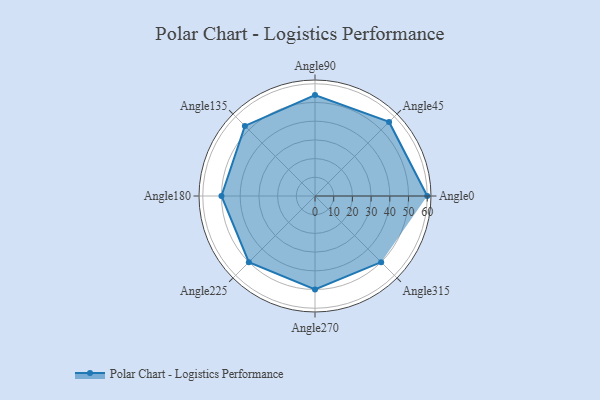
{"axis": {"x": "Angle", "y": "Radius"}, "legend": [""], "data": [{"x": "Angle0", "y": 60.0, "type": ""}, {"x": "Angle45", "y": 56.0, "type": ""}, {"x": "Angle90", "y": 54.0, "type": ""}, {"x": "Angle135", "y": 53.0, "type": ""}, {"x": "Angle180", "y": 50, "type": ""}, {"x": "Angle225", "y": 50, "type": ""}, {"x": "Angle270", "y": 50, "type": ""}, {"x": "Angle315", "y": 50, "type": ""}]}